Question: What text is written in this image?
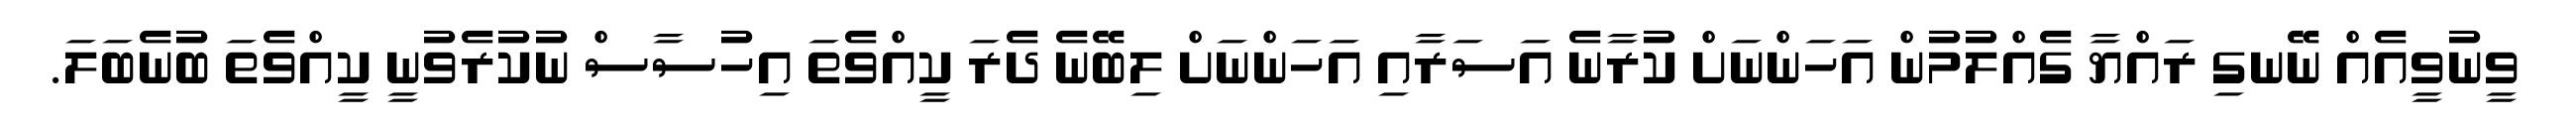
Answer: ވީނުވީއެއް ނޭނގި ރައްޔާ ގެއްލުމުން އަހަންނަށް ކުރާނެ އަސަރާއި އަހަންނަށް ލިބޭނެ ދެރަ ކީއްވެތަ އިހުސާސް ނުކުރެވުނީ ކީއްވެތަ ބުނެބަލަ.